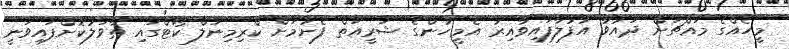
މީހެއްގެ މައްޗަށް ދައުވާ އުފުލާފައިވާއިރު އެމީހުންގެ ޝަރީއަތް ފެށުމަށް ކްރިމިނަލް ކޯޓްގައި ތާވަލުކޮށްފައިވަނީ